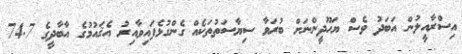
އިސްރާއީލުން އަބަދު ވެސް ޔަހޫދީންނަށް ބުރަވާ ސިޔާސަތުތަކެއް ގެންގުޅެފައިވާއިރު އެޤައުމުގެ އާބާދީގެ 74.7